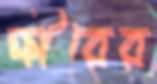
ক্ষীরের